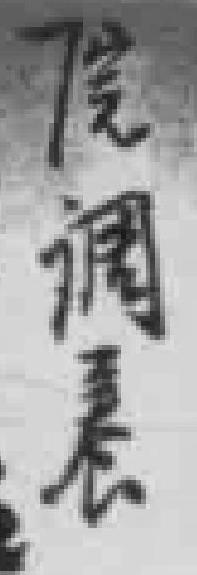
院调養